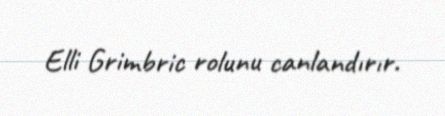
Elli Grimbric rolunu canlandırır.